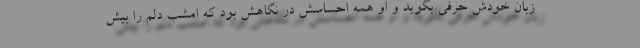
زبان خودش حرفی بگوید و او همه احساسش در نگاهش بود که امشب دلم را بیش